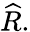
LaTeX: {\widehat{R}}.